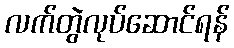
လက်တွဲလုပ်ဆောင်ရန်